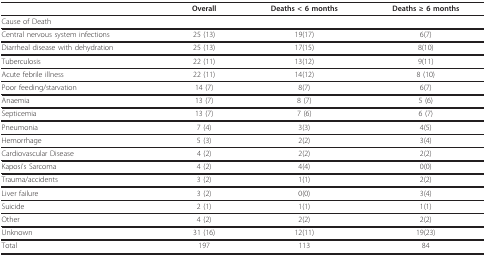
<table><thead><tr><td></td><td><b>Overall</b></td><td><b>Deaths &lt; 6 months</b></td><td><b>Deaths ≥ 6 months</b></td></tr></thead><tbody><tr><td>Cause of Death</td><td></td><td></td><td></td></tr><tr><td>Central nervous system infections</td><td>25 (13)</td><td>19(17)</td><td>6(7)</td></tr><tr><td>Diarrheal disease with dehydration</td><td>25 (13)</td><td>17(15)</td><td>8(10)</td></tr><tr><td>Tuberculosis</td><td>22 (11)</td><td>13(12)</td><td>9(11)</td></tr><tr><td>Acute febrile illness</td><td>22 (11)</td><td>14(12)</td><td>8 (10)</td></tr><tr><td>Poor feeding/starvation</td><td>14 (7)</td><td>8(7)</td><td>6(7)</td></tr><tr><td>Anaemia</td><td>13 (7)</td><td>8 (7)</td><td>5 (6)</td></tr><tr><td>Septicemia</td><td>13 (7)</td><td>7 (6)</td><td>6 (7)</td></tr><tr><td>Pneumonia</td><td>7 (4)</td><td>3(3)</td><td>4(5)</td></tr><tr><td>Hemorrhage</td><td>5 (3)</td><td>2(2)</td><td>3(4)</td></tr><tr><td>Cardiovascular Disease</td><td>4 (2)</td><td>2(2)</td><td>2(2)</td></tr><tr><td>Kaposi&#x27;s Sarcoma</td><td>4 (2)</td><td>4(4)</td><td>0(0)</td></tr><tr><td>Trauma/accidents</td><td>3 (2)</td><td>1(1)</td><td>2(2)</td></tr><tr><td>Liver failure</td><td>3 (2)</td><td>0(0)</td><td>3(4)</td></tr><tr><td>Suicide</td><td>2 (1)</td><td>1(1)</td><td>1(1)</td></tr><tr><td>Other</td><td>4 (2)</td><td>2(2)</td><td>2(2)</td></tr><tr><td>Unknown</td><td>31 (16)</td><td>12(11)</td><td>19(23)</td></tr><tr><td>Total</td><td>197</td><td>113</td><td>84</td></tr></tbody></table>